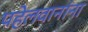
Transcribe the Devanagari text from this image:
पहेलवानांना